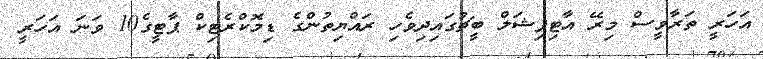
އަހަރީ ތަރާވީސް މިރޭ އާޓިފިޝަލް ބީޗުގައިދިވެހި ރައްޔިތުންގެ ޑިމޮކްރެޓިކް ޕާޓީގެ10 ވަނަ އަހަރީ